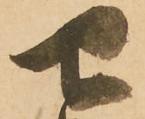
せ